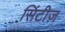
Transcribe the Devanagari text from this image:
सिंटीज़